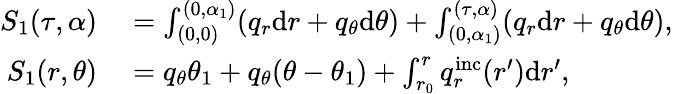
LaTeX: \begin{array}{rl}{S_{1}(\tau,\alpha)}&{{}=\int_{(0,0)}^{(0,\alpha_{1})}(q_{r}\mathrm{d}r+q_{\theta}\mathrm{d}\theta)+\int_{(0,\alpha_{1})}^{(\tau,\alpha)}(q_{r}\mathrm{d}r+q_{\theta}\mathrm{d}\theta),}\\ {S_{1}(r,\theta)}&{{}=q_{\theta}\theta_{1}+q_{\theta}(\theta-\theta_{1})+\int_{r_{0}}^{r}q_{r}^{\mathrm{inc}}(r^{\prime})\mathrm{d}r^{\prime},}\end{array}